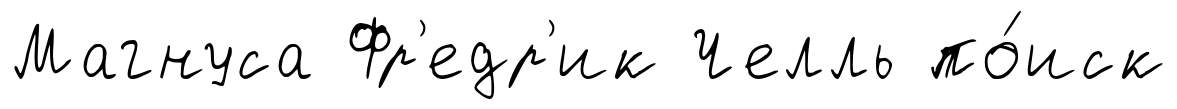
Магнуса Фр'едр'ик Челль по́иск